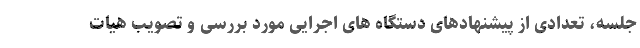
جلسه، تعدادی از پیشنهادهای دستگاه های اجرایی مورد بررسی و تصویب هیات